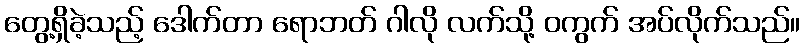
တွေ့ရှိခဲ့သည့် ဒေါက်တာ ရောဘတ် ဂါလို လက်သို့ ဝကွက် အပ်လိုက်သည်။